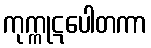
ကုက္ကုဋပေါတကာ